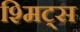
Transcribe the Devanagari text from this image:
श्मिट्स